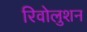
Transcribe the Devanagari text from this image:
रिवोलुशन